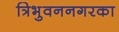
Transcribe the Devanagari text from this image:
त्रिभुवननगरका